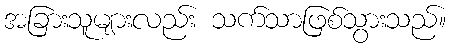
အခြားသူများလည်း သက်သာဖြစ်သွားသည်။